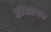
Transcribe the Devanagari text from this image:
नवसहायक